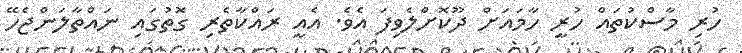
ހުރި މާސްކުތައް ހުރީ ހާމައަށް ދޫކޮށްލެވިފަ އެވެ. އެއީ ރައްކާތެރި ގޮތުގައި ނައްތާލަންޖެހޭ